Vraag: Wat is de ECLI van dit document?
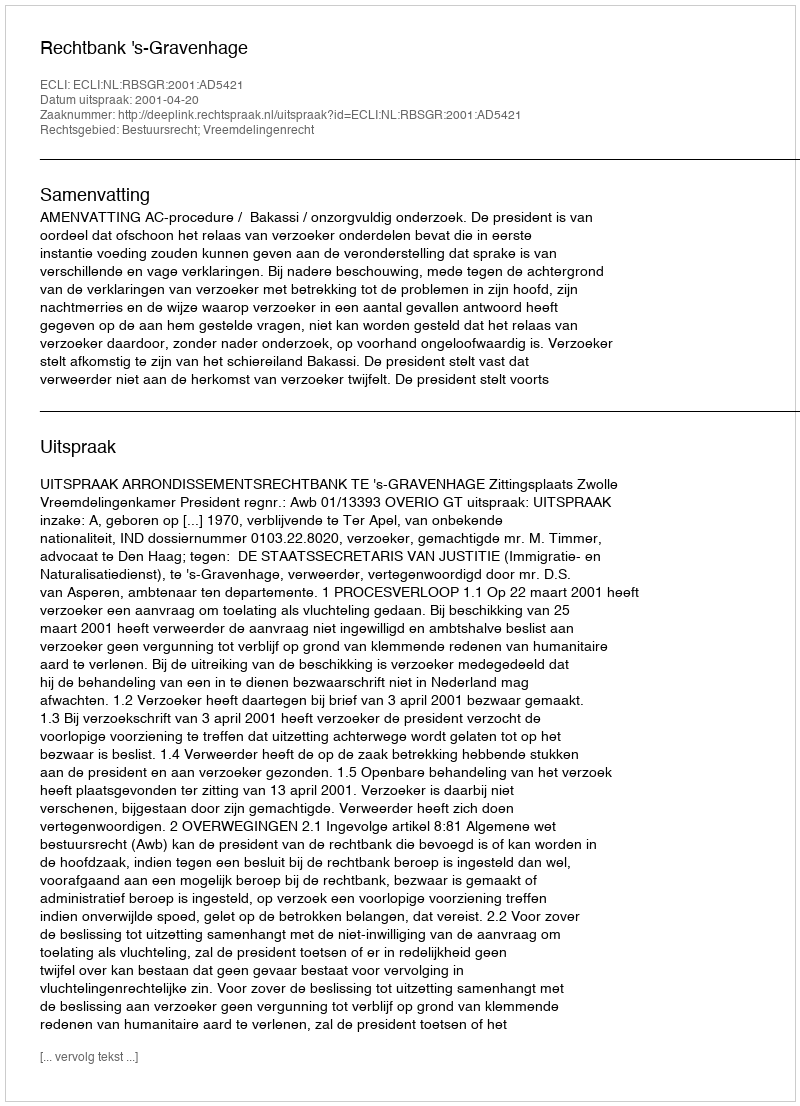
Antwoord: ECLI:NL:RBSGR:2001:AD5421